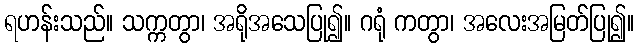
ရဟန်းသည်။ သက္ကတွာ၊ အရိုအသေပြု၍။ ဂရုံ ကတွာ၊ အလေးအမြတ်ပြု၍။